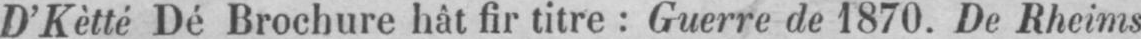
D’Kètté Dé Brochure hât fir titre: Guerre de 1870. De Rheims